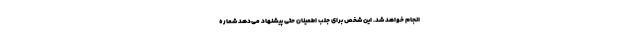
انجام خواهد شد. این شخص برای جلب اطمینان حتی پیشنهاد می‌دهد شماره